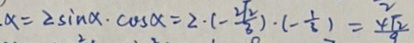
\alpha = 2 \sin \alpha \cdot \cos \alpha = 2 \cdot ( - \frac { 2 \sqrt { 2 } } { 3 } ) \cdot ( - \frac { 1 } { 3 } ) = \frac { 4 \sqrt { 2 } } { 9 }